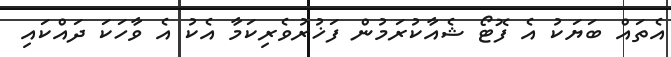
އެތައް ބަޔަކު އެ ފޮޓޯ ޝެއާކުރަމުން ފަޚުރުވެރިކަމާ އެކު އެ ވާހަކަ ދައްކައި